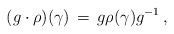
LaTeX: \begin{align*}(g \cdot \rho)(\gamma) \,=\, g \rho(\gamma) g^{-1}\, ,\end{align*}